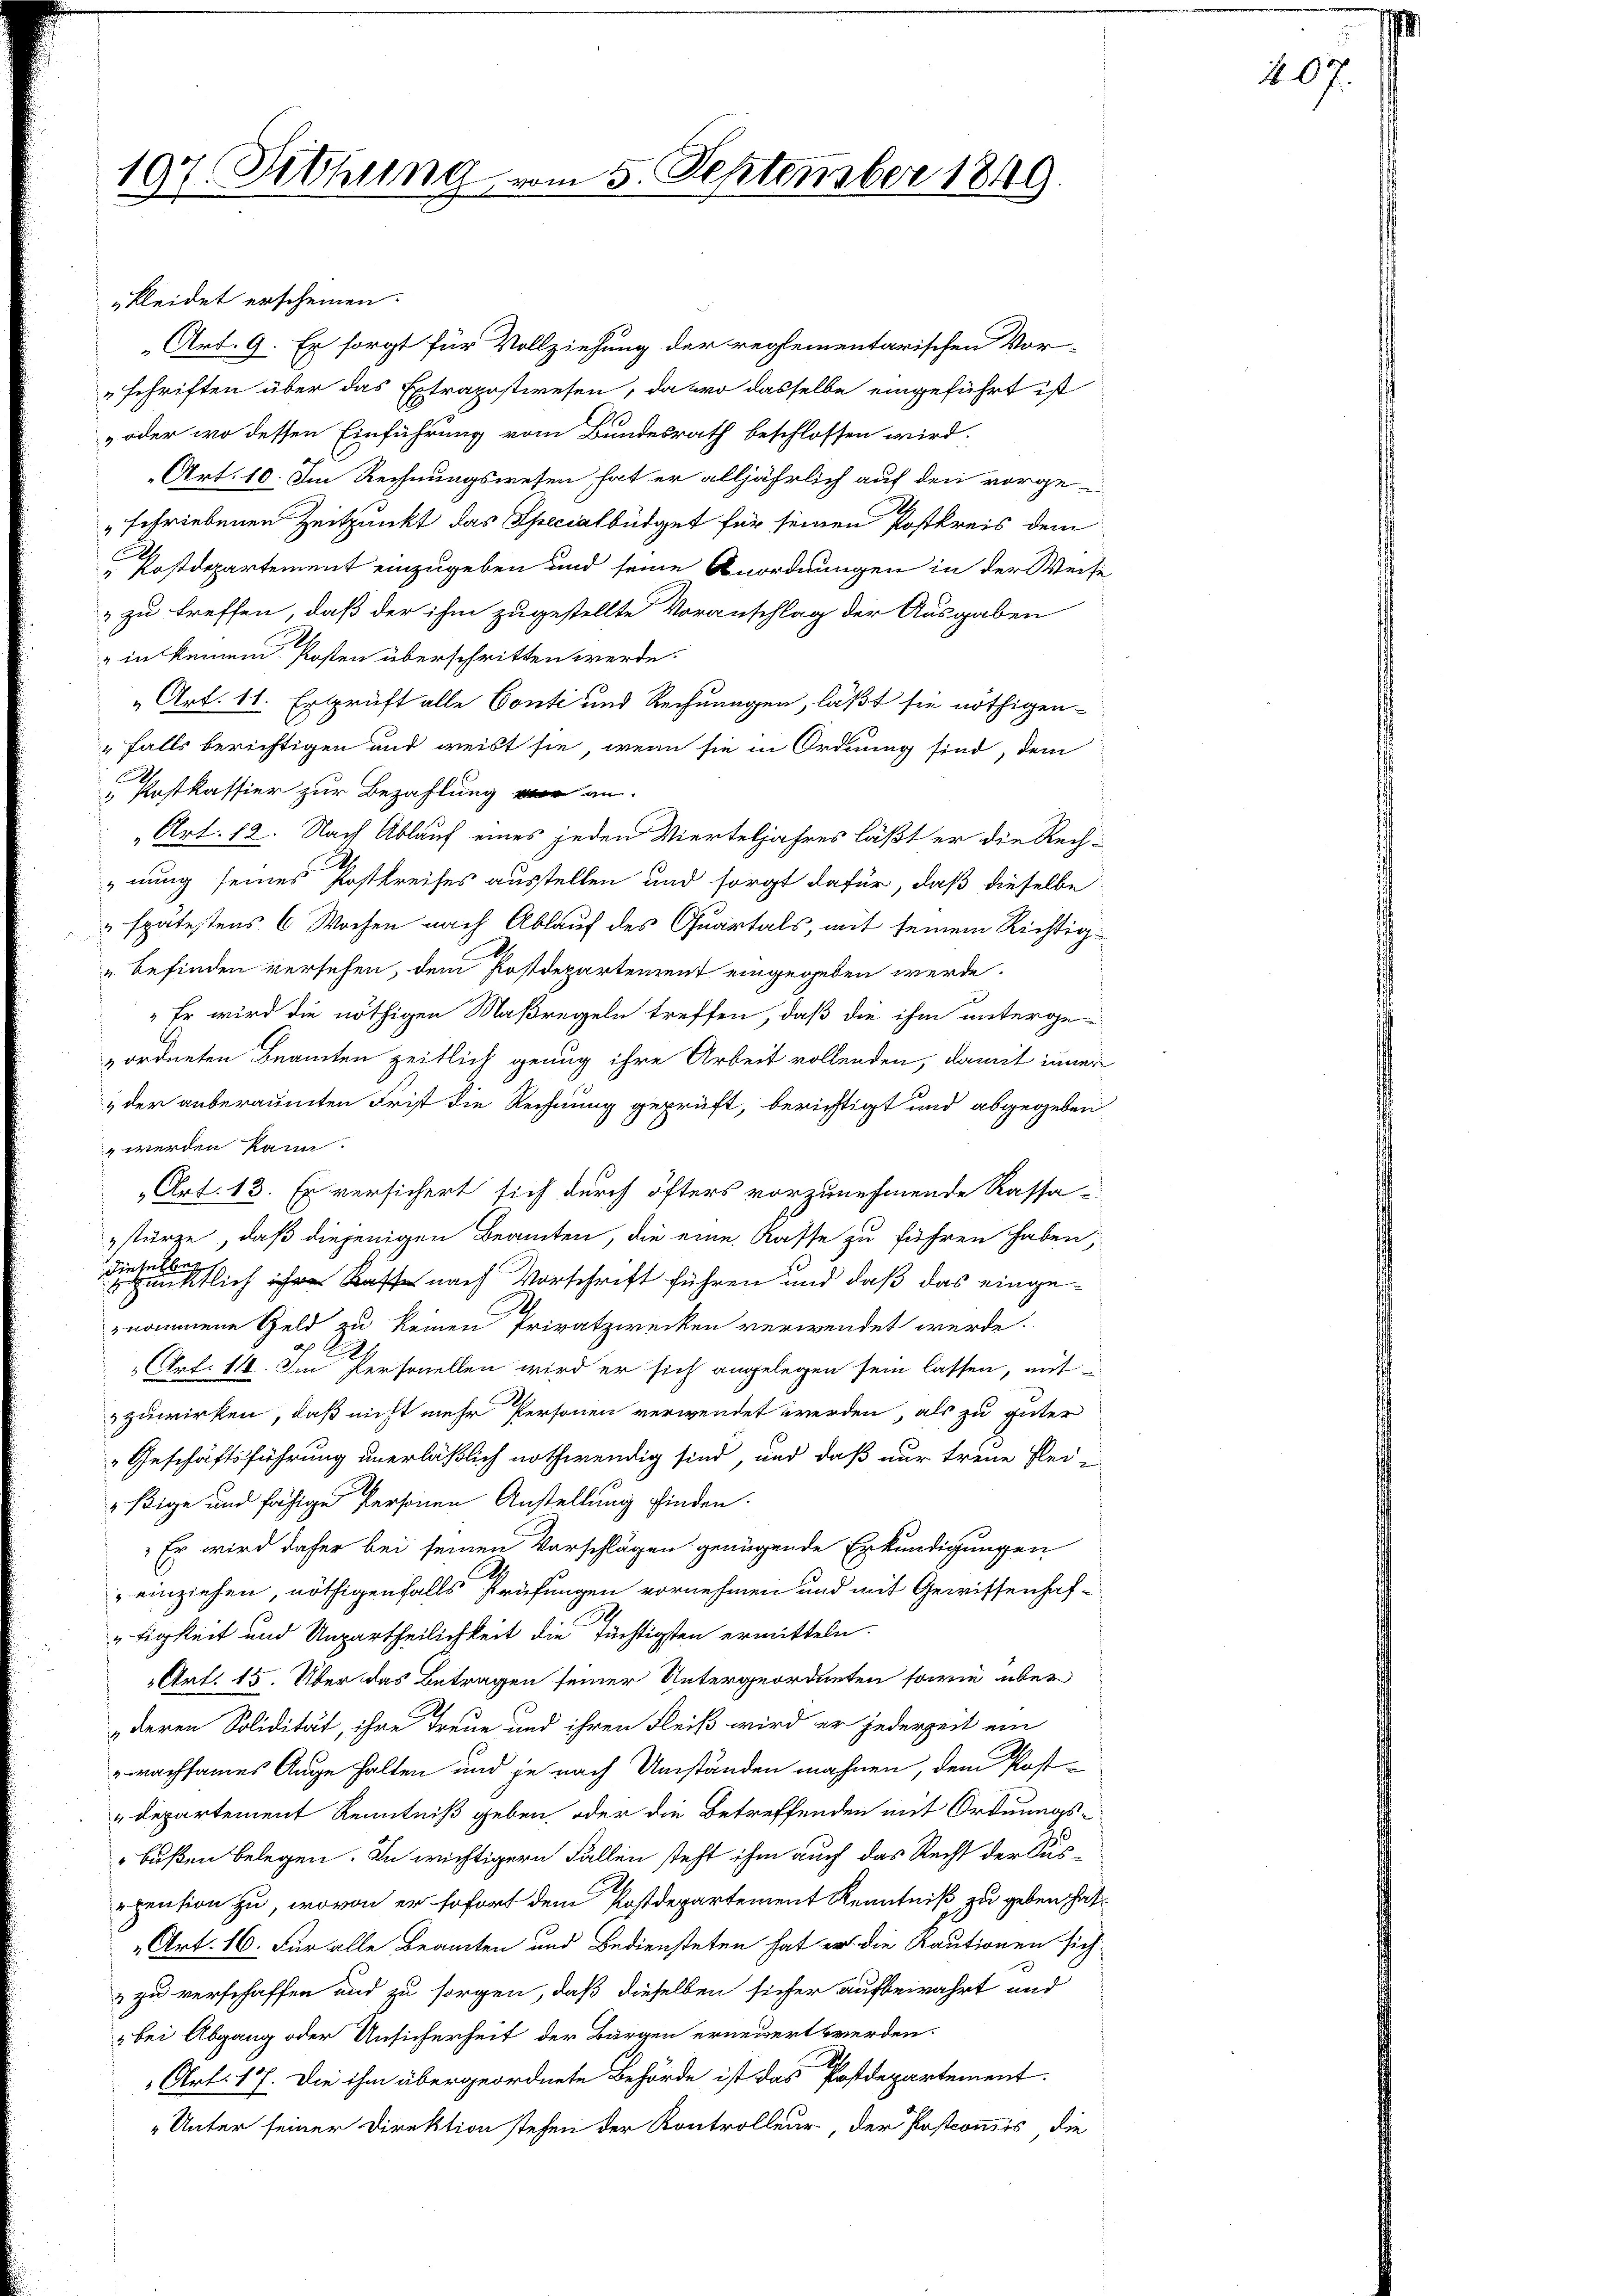
kleidet erscheinen.
Art. 9. Er sorgt für Vollziehung der reglementarischen Vor-
schriften über das Extrapostwesen, da wo dasselbe eingeführt ist
„oder wo dessen Einführung vom Bundesrath beschlossen wird.
Art. 10. Im Rechnungswesen hat er alljährlich auf den vorge-
"schriebenen Zeitpunkt das Specialbüdget für seinen Postkreis dem
Postdepartement einzugeben und seine Anordnungen in der Weise
„zu treffen, daß der ihm zugestellte Voranschlag der Ausgaben
in keinen Kosten überschritten werde.
„Art. 11. Ersprüft alle Conti und Rechnungen, läßt sie nöthigen-
" falls berichtigen und weißt sie, wenn sie in Ordnung sind, dem
 Postkassier zur Bezahlung wir an.
„Art. 12. Nach Ablauf eines jeden Vierteljahres läßt er die Rech-
nung seines Postkreises ausstellen und sorgt dafür, daß dieselbe
" spätestens 6 Wochen nach Ablauf des Quartals, mit seinem Richtig¬
" befinden versehen, dem Postdepartenzent eingegeben werde.
"Er wird die nöthigen Maßregeln treffen, daß die ihm untergezordneten Beamten zeitlich genug ihre Arbeit vollenden, damit inner
 der anberaumten Frist die Rechnung geprüft, berichtigt und abgegeben,
 werden kann.
„Art. 13. Er versichert sich durch öfters vorzunehmende Kassa-
stürze, daß diejenigen Beamten, die eine Kasse zu führen haben;
 etlich hat nach Vorschrift führen und daß das eingenommene Geld zu keinen Privatzwecken verwendet werde.
 Art. 11. Im Personellen wird er sich angelegen sein lassen, mit
zuwirken, daß nicht mehr Personen verwendet werden, als zu guter
Geschäftsführung unerläßlich nothwendig sind, und daß nur treue Flei-
ßige und fähige Personen Anstellung finden.
Er wird daher bei seinen Vorschlägen genügende Erkundigungen
B
einziehen, nöthigenfalls Prüfungen vornehmen und mit Gewissenhaftigkeit und Unpartheilichkeit die Tüchtigsten ermitteln.
Art. 15. Über das Betragen seiner Untergeordneten sowie über
„deren Solidität, ihre Treue und ihren Fleiß wird er jederzeit ein
wachsames Auge halten und je nach Umständen mahnen, dem Post¬
Departement Kenntniß geben, oder die Betreffenden mit Ordnungsbußen belegen. In wichtigern Fällen steht ihm auch das Recht der Aus-
epension zu, wovon er sofort dem Postdepartement Kenntniß zu geben hat¬
„Art. 16. Für alle Beamten und Bediensteten hat er die Kautionen sich
 zu verschaffen und zu sorgen, daß dieselben sicher aufbewahrt und
"bei Abgang oder Unsicherheit der Bürgen erneuert werden.
Art. 17. Die ihm übergeordnete Behörde ist das Postdepartement.
„Unter seiner Direktion stehen der Kontrolleur der Postcommis die

197. Sitzung

5. September 1849.

207